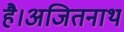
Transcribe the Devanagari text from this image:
है।अजितनाथ